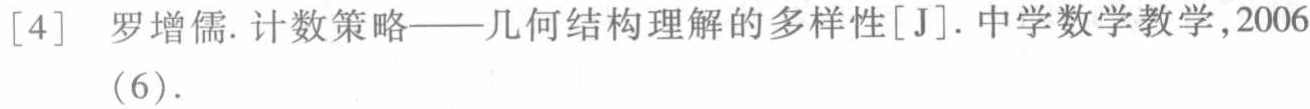
[4] 罗增儒. 计数策略——几何结构理解的多样性[J]. 中学数学教学,2006(6).